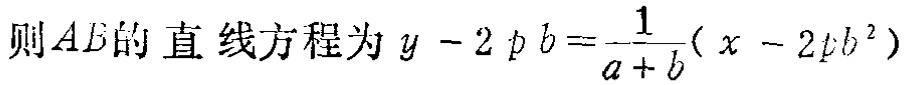
则\(AB\)的直线方程为\(y - 2 p b = \frac{-1}{a + b}(x - 2 p b^{2})\)